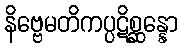
နိဗ္ဗေမတိကပ္ပဋိစ္ဆန္နော